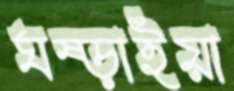
ঘষ্‌ড়াইয়া